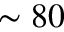
\sim 8 0